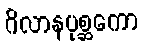
ဂိလာနပုစ္ဆကော